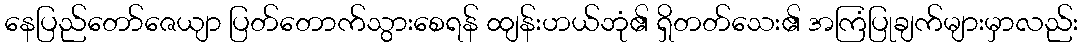
နေပြည်တော်ဇေယျာ ပြတ်တောက်သွားစေရန် ထျန်းဟယ်ဘုံ၏ ရှိတတ်သေး၏ အကြံပြုချက်များမှာလည်း